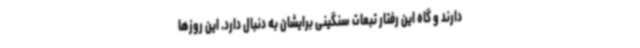
دارند و گاه این رفتار تبعات سنگینی برایشان به دنبال دارد. این روزها